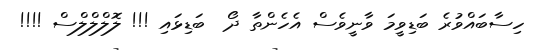
ހިސާބައްވުރެ ބަޑިވީމަ ވާނީވެސް އެހެންތާ ދޯ  ބަޑިޅައި !!! ލޮލްލްލްސް !!!!